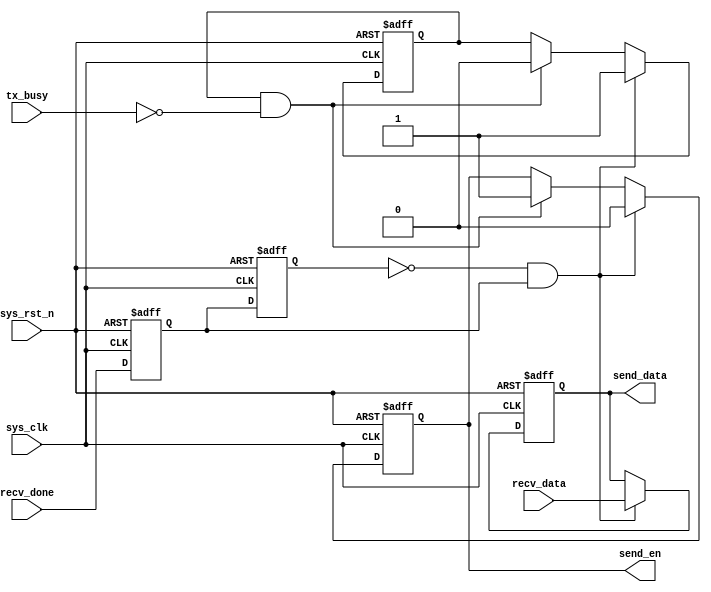
module uart_loop(
    input	         sys_clk,                   //
    input            sys_rst_n,                 //
     
    input            recv_done,                 //
    input      [7:0] recv_data,                 //
     
    input            tx_busy,                   //      
    output reg       send_en,                   //
    output reg [7:0] send_data                  //
    );

//reg define
reg recv_done_d0;
reg recv_done_d1;
reg tx_ready;

//wire define
wire recv_done_flag;

//*****************************************************
//**                    main code
//*****************************************************

//recv_done
assign recv_done_flag = (~recv_done_d1) & recv_done_d0;
                                                 
//recv_done
always @(posedge sys_clk or negedge sys_rst_n) begin         
    if (!sys_rst_n) begin
        recv_done_d0 <= 1'b0;                                  
        recv_done_d1 <= 1'b0;
    end                                                      
    else begin                                               
        recv_done_d0 <= recv_done;                               
        recv_done_d1 <= recv_done_d0;                            
    end
end

//
always @(posedge sys_clk or negedge sys_rst_n) begin         
    if (!sys_rst_n) begin
        tx_ready  <= 1'b0; 
        send_en   <= 1'b0;
        send_data <= 8'd0;
    end                                                      
    else begin                                               
        if(recv_done_flag)begin                 //
            tx_ready  <= 1'b1;                  //
            send_en   <= 1'b0;
            send_data <= recv_data;             //
        end
        else if(tx_ready && (~tx_busy)) begin   //
            tx_ready <= 1'b0;                   //
            send_en  <= 1'b1;                   //
        end
    end
end

endmodule